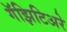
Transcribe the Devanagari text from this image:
गॅझिटिअरे